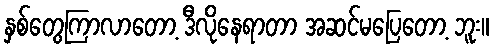
နှစ်တွေကြာလာတော့ ဒီလိုနေရာတာ အဆင်မပြေတော့ ဘူး။